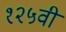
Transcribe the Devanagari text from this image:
१२५वी